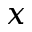
x